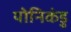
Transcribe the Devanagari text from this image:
योनिकंडु